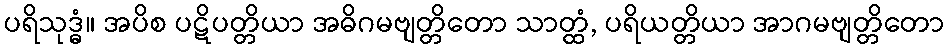
ပရိသုဒ္ဓံ။ အပိစ ပဋိပတ္တိယာ အဓိဂမဗျတ္တိတော သာတ္ထံ, ပရိယတ္တိယာ အာဂမဗျတ္တိတော